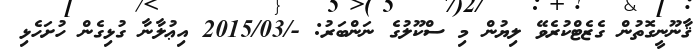
ޤާނޫނީގޮތުން ގެޒެޓްކުރެވޭ ލިޔުން މި ސްކޫލުގެ ނަންބަރު: -/2015/03 އިޢުލާނާ ގުޅިގެން ހުށަހެޅި